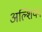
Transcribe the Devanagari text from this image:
अल्शियन